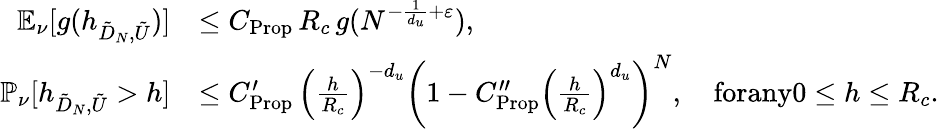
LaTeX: \begin{array}{rl}{\mathbb{E}_{\nu}[g(h_{\tilde{D}_{N},\tilde{U}})]}&{\leq C_{\mathrm{Prop}}\, R_{c}\, g(N^{-\frac{1}{d_{u}}+\varepsilon}),}\\ {\mathbb{P}_{\nu}[h_{\tilde{D}_{N},\tilde{U}}>h]}&{\leq C_{\mathrm{Prop}}^{\prime}\, \left(\frac{h}{R_{c}}\right)^{-d_{u}}\left(1-C_{\mathrm{Prop}}^{\prime\prime}\left(\frac{h}{R_{c}}\right)^{d_{u}}\right)^{N},\quad\textrm{forany}0\leq h\leq R_{c}.}\end{array}